Plague in India, 1896, 1897 - Volume 2
Year: 1896
Disease focus: Plague
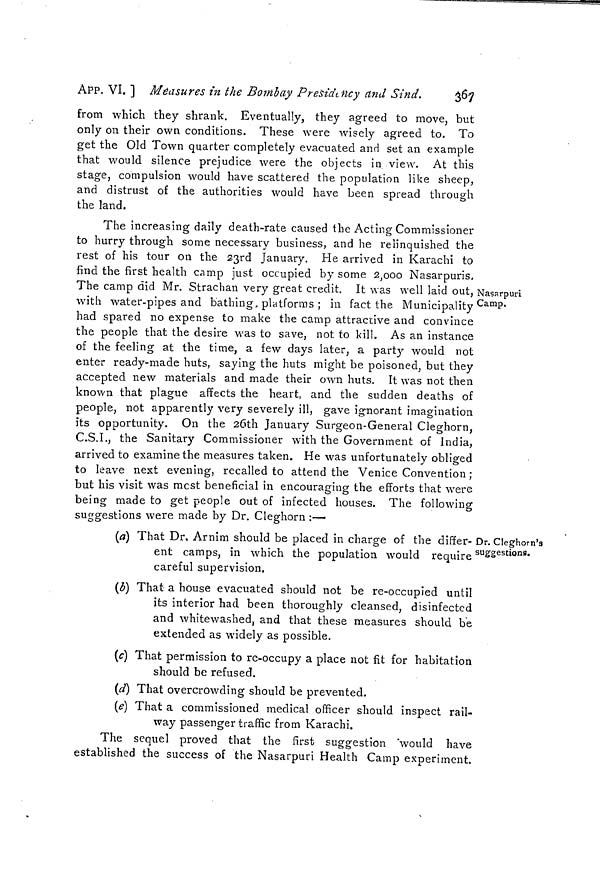
367
APP. VI. ] Measures in the Bombay Presidency and Sind.
from which they shrank. Eventually, they agreed to move, but
only on their own conditions. These were wisely agreed to. To
get the Old Town quarter completely evacuated and set an example
that would silence prejudice were the objects in view. At this
stage, compulsion would have scattered the population like sheep,
and distrust of the authorities would have been spread through
the land.
t Nasarpuri
r Camp,
The increasing daily death-rate caused the Acting Commissioner
to hurry through some necessary business, and he relinquished the
rest of his tour on the 23rd January. He arrived in Karachi to
find the first health camp just occupied by some 2,000 Nasarpuris,
The camp did Mr. Strachan very great credit. It was well laid out,
with water-pipes and bathing, platforms ; in fact the Municipality
had spared no expense to make the camp attractive and convince
the people that the desire was to save, not to kill. As an instance
of the feeling at the time, a few days later, a party would not
enter ready-made huts, saying the huts might be poisoned, but they
accepted new materials and made their own huts. It was not then
known that plague affects the heart, and the sudden deaths of
people, not apparently very severely ill, gave ignorant imagination
its opportunity. On the 26th January Surgeon-General Cleghorn,
C.S.I., the Sanitary Commissioner with the Government of India,
arrived to examine the measures taken. He was unfortunately obliged
to leave next evening, recalled to attend the Venice Convention ;
but his visit was mcst beneficial in encouraging the efforts that were
being made to get people out of infected houses. The following
suggestions were made by Dr. Cleghorn :-—
Dr. Cleghorn's
5uggestions.
(a) That Dr. Arnim should be placed in charge of the differ-
ent camps, in which the population would
require
careful supervision.
(b) That a house evacuated should not be re-occupied until
its interior had been thoroughly cleansed, disinfected
and whitewashed, and that these measures should be
extended as widely as possible.
(c) That permission to re-occupy a place not fit for habitation
should be refused.
(d) That overcrowding should be prevented.
(e) That a commissioned medical officer should inspect rail-
way passenger traffic from Karachi.
The sequel proved that the first suggestion 'would have
established the success of the Nasarpuri Health Camp experiment.